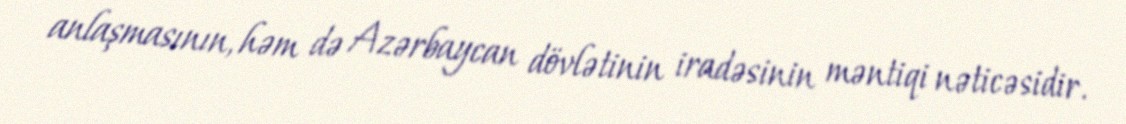
anlaşmasının, həm də Azərbaycan dövlətinin iradəsinin məntiqi nəticəsidir.